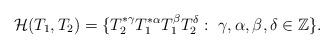
LaTeX: \begin{align*}\mathcal{H}(T_1, T_2)=\{T_2^{*\gamma}T_1^{*\alpha}T_1^\beta T_2^\delta:\ \gamma,\alpha, \beta,\delta \in \mathbb{Z}\}.\end{align*}